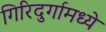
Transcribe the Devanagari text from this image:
गिरिदुर्गामध्ये